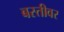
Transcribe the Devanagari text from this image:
बस्तीवर